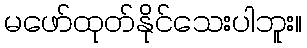
မဖော်ထုတ်နိုင်သေးပါဘူး။